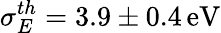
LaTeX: {\sigma_{E}^{th}=3.9\pm 0.4\, \mathrm{eV}}